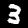
Label: 3